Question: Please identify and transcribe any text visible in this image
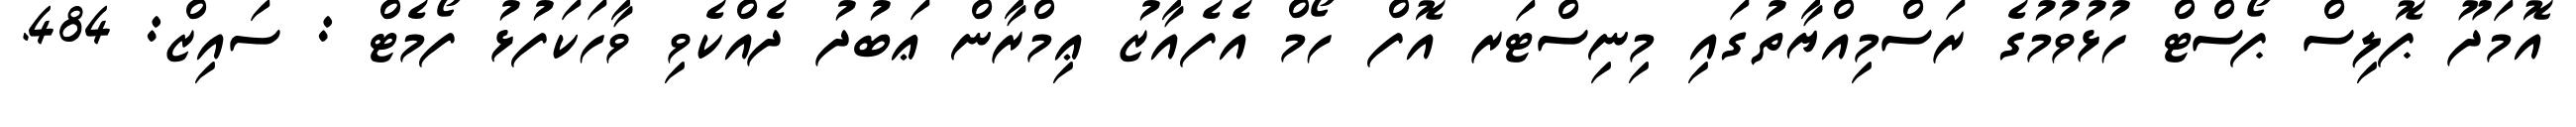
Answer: އޮމަދޫ ޕޮލިސް ޕޯސްޓް ހުޅުވުމުގެ ރަސްމިއްޔާތުގައި މިނިސްޓަރ އޮފް ހޯމް އެފެއާޒު ޢިމްރާން ޢަބުދު ދެއްކެވި ވާހަކަފުޅު ފޯމެޓް : ސައިޒް: 484.